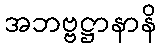
အဘဗ္ဗဋ္ဌာနာနိ